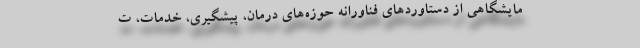
مایشگاهی از دستاوردهای فناورانه حوزه‌های درمان، پیشگیری، خدمات، ت